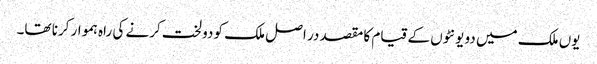
یوں ملک میں دو یونٹوں کے قیام کا مقصد در اصل ملک کو دو لخت کرنے کی راہ ہموار کرنا تھا۔